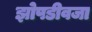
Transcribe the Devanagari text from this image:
झोपडीवजा